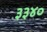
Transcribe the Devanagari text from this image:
३३४०